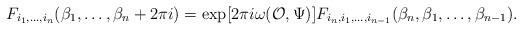
LaTeX: \begin{align*}F_{i_1,\dots ,i_n}(\beta_1,\dots ,\beta_n+2\pi i)=\exp [2\pi i\omega ({\cal O},\Psi )]F_{i_n,i_1,\dots ,i_{n-1}}(\beta_n,\beta_1,\dots ,\beta_{n-1}).\end{align*}